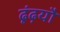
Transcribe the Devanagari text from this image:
ढूंढ़यौ